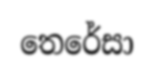
තෙරේසා